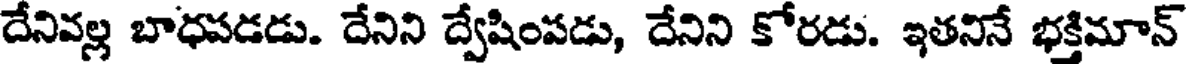
దేనివల్ల బాధపడడు. దేనిని ద్వేషింపడు, దేనిని కోరడు. ఇతనినే భక్తిమాన్